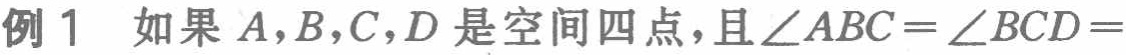
例 1 如果\(A,B,C,D\)是空间四点，且\(\angle ABC = \angle BCD =\)